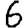
Digit: 6